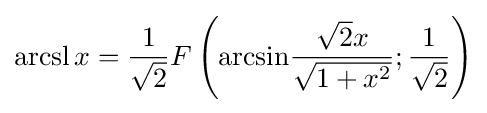
\operatorname {arcsl} x={\frac {1}{\sqrt {2}}}F\left({\arcsin }{\frac {{\sqrt {2}}x}{\sqrt {1+x^{2}}}};{\frac {1}{\sqrt {2}}}\right)